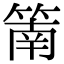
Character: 䈒